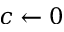
c \leftarrow 0